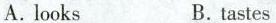
A.looks B.tastes